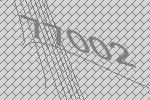
77002